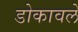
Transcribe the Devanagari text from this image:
डोकावले